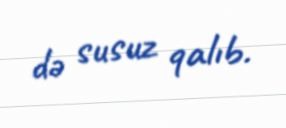
də susuz qalıb.